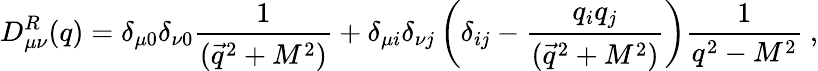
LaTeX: D_{\mu\nu}^{R}(q)=\delta_{\mu 0}\delta_{\nu 0}{\frac{1}{(\vec{q}^{2}+M^{2})}}+\delta_{\mu i}\delta_{\nu j}\left(\delta_{ij}-{\frac{q_{i}q_{j}}{(\vec{q}^{2}+M^{2})}}\right){\frac{1}{q^{2}-M^{2}}}~,